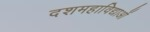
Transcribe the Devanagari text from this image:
दशमहाविद्याओं